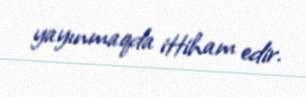
yayınmaqda ittiham edir.